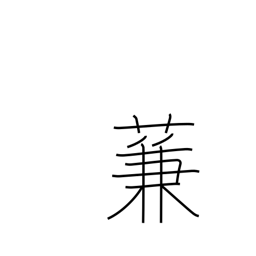
Meaning: type of reed